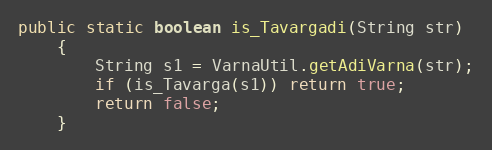
Language: Java
public static boolean is_Tavargadi(String str)
    {
        String s1 = VarnaUtil.getAdiVarna(str);
        if (is_Tavarga(s1)) return true;
        return false;
    }